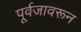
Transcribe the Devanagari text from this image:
पूर्वजावरून